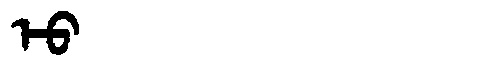
Manchu: ᡝᡠ
Romanization: EU